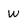
Character: w